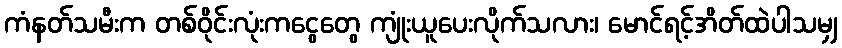
ကံနတ်သမီးက တစ်ဝိုင်းလုံးကငွေတွေ ကျုံးယူပေးလိုက်သလား၊ မောင်ရင့်အိတ်ထဲပါသမျှ